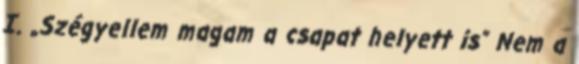
I. „Szégyellem magam a csapat helyett is” Nem a